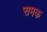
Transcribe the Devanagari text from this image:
समक